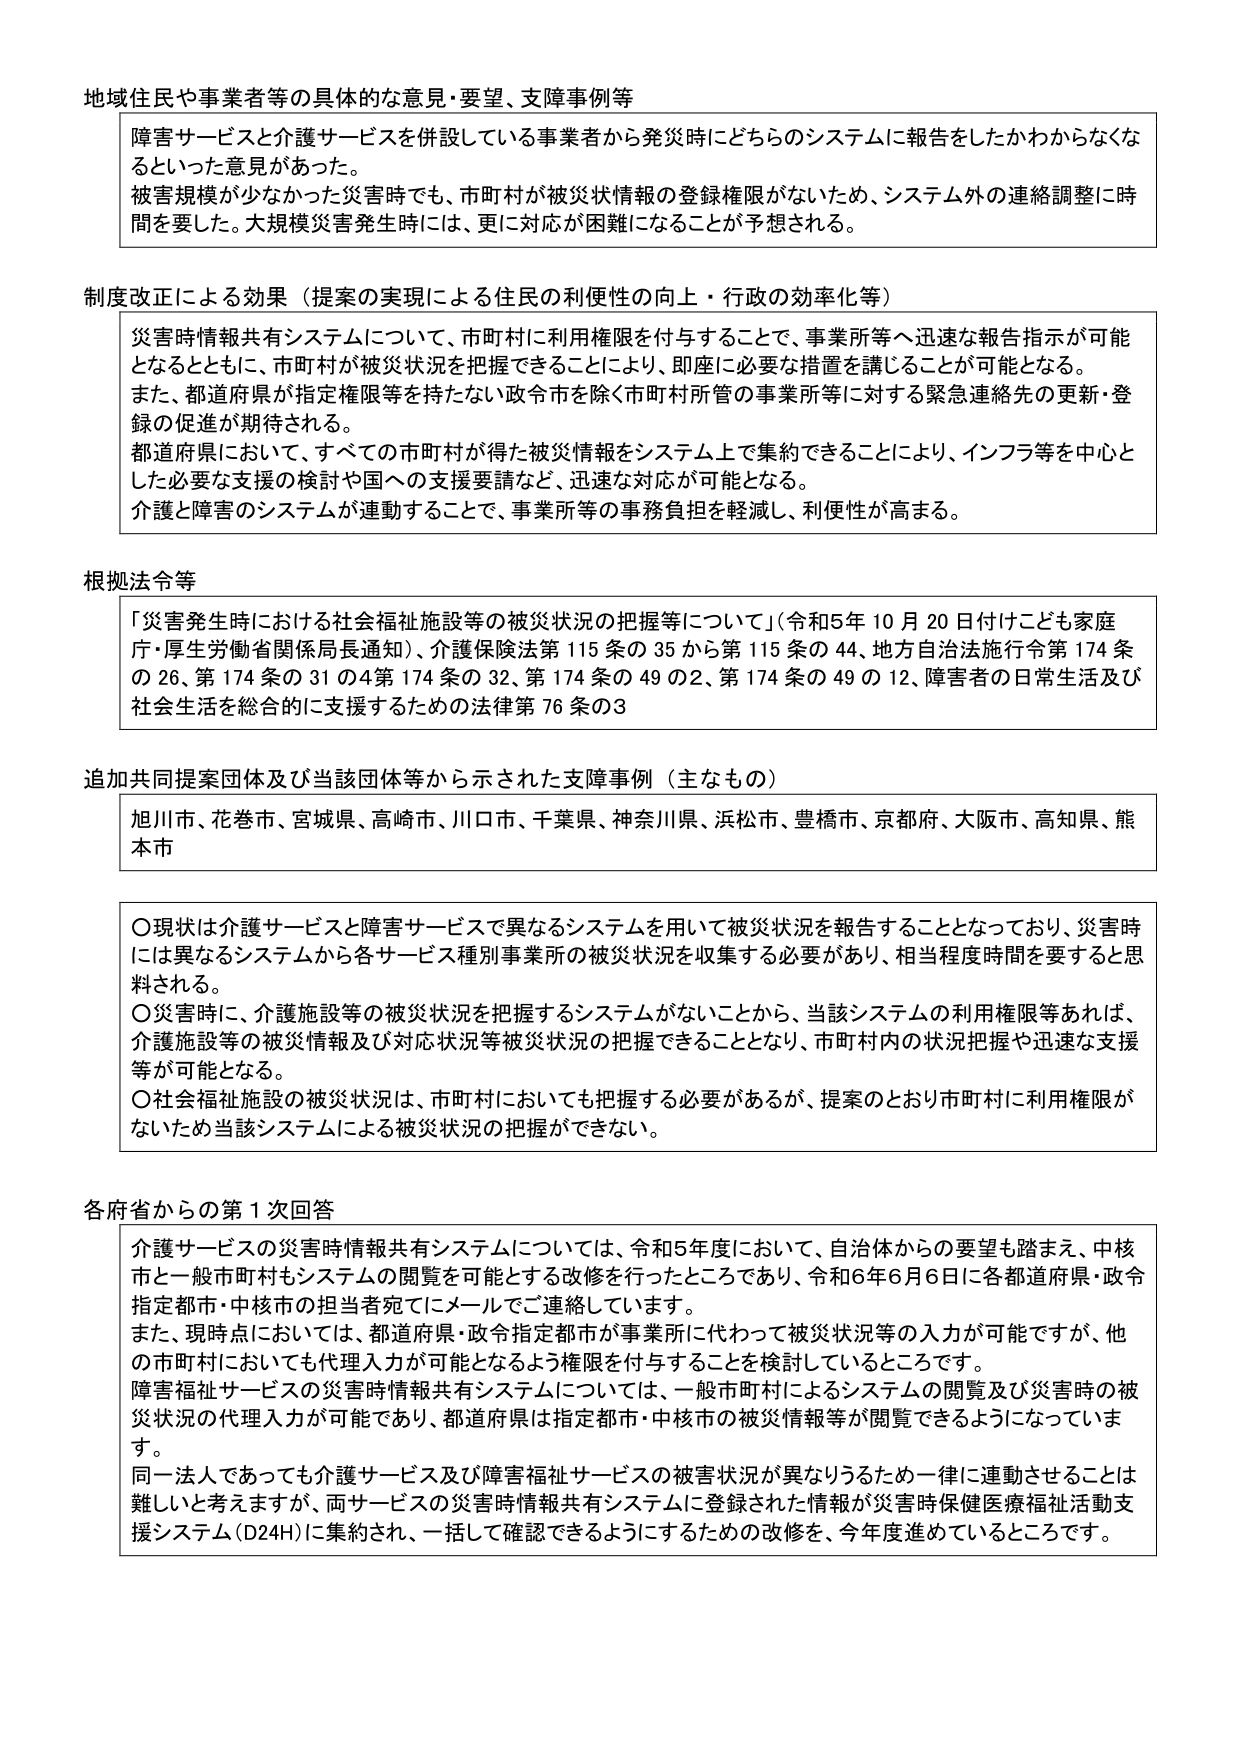
地域住民や事業者等の具体的な意見・要望、支障事例等
障害サービスと介護サービスを併設している事業者から発災時にどちらのシステムに報告をしたかわからなくなるといった意見があった。
被害規模が少なかった災害時でも、市町村が被災状情報の登録権限がないため、システム外の連絡調整に時間を要した。大規模災害発生時には、更に対応が困難になることが予想される。

制度改正による効果（提案の実現による住民の利便性の向上・行政の効率化等）
災害時情報共有システムについて、市町村に利用権限を付与することで、事業所等へ迅速な報告指示が可能となるとともに、市町村が被災状況を把握できることにより、即座に必要な措置を講じることが可能となる。
また、都道府県が指定権限等を持たない政令市を除く市町村所管の事業所等に対する緊急連絡先の更新・登録の促進が期待される。
都道府県において、すべての市町村が得た被災情報をシステム上で集約できることにより、インフラ等を中心とした必要な支援の検討や国への支援要請など、迅速な対応が可能となる。
介護と障害のシステムが連動することで、事業所等の事務負担を軽減し、利便性が高まる。

根拠法令等
「災害発生時における社会福祉施設等の被災状況の把握等について」（令和5年10月20日付けこも家庭庁・厚生労働省関係局長通知）、介護保険法第115条の35から第115条の44、地方自治法施行令第174条の26、第174条の31の4第174条の32、第174条の49の2、第174条の49の12、障害者の日常生活及び社会生活を総合的に支援するための法律第76条の3

追加共同提案団体及び当該団体等から示された支障事例（主なもの）
旭川市、花巻市、宮城県、高崎市、川口市、千葉県、神奈川県、浜松市、豊橋市、京都府、大阪市、高知県、熊本市

〇現状は介護サービスと障害サービスで異なるシステムを用いて被災状況を報告することとなっており、災害時には異なるシステムから各サービス種別事業所の被災状況を収集する必要があり、相当程度時間を要するとと思料される。
〇災害時に、介護施設等の被災状況を把握するシステムがないことから、当該システムの利用権限等あれば、介護施設等の被災情報及び対応状況等被災状況の把握ができることとなり、市町村内の状況把握や迅速な支援等が可能となる。
〇社会福祉施設の被災状況は、市町村においても把握する必要があるが、提案のとおり市町村に利用権限がないため当該システムによる被災状況の把握ができない。

各府省からの第1次回答
介護サービスの災害時情報共有システムについては、令和5年度において、自治体からの要望も踏まえ、中核市と一般市町村もシステムの閲覧を可能とする改修を行ったところであり、令和6年6月6日に各都道府県・政令指定都市・中核市の担当者宛てにメールでご連絡しています。
また、現時点においては、都道府県・政令指定都市が事業所に代わって被災状況等の入力が可能ですが、他の市町村においても代理入力が可能となるよう権限を付与することを検討しているところです。
障害福祉サービスの災害時情報共有システムについては、一般市町村によるシステムの閲覧及び災害時の被災状況の代理入力が可能であり、都道府県は指定都市・中核市の被災情報等が閲覧できるようになっていました。
同一法人であっても介護サービス及び障害福祉サービスの被害状況が異なりうるため一律に連動させることは難しいと考えますが、両サービスの災害時情報共有システムに登録された情報が災害時保健医療福祉活動支援システム（D24H）に集約され、一括して確認できるようにするための改修を、今年度進めているところです。